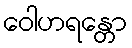
ဝေါဟရန္တော